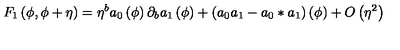
F _ { 1 } \left( \phi , \phi + \eta \right) = \eta ^ { b } a _ { 0 } \left( \phi \right) \partial _ { b } a _ { 1 } \left( \phi \right) + \left( a _ { 0 } a _ { 1 } - a _ { 0 } \ast a _ { 1 } \right) \left( \phi \right) + O \left( \eta ^ { 2 } \right)